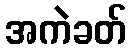
အကဲခတ်